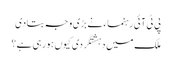
پی ٹی آئی رہنماء نے بڑی وجہ بتادی
ملک میں دہشتگردی کیوں ہورہی ہے؟